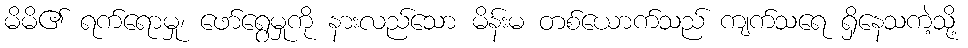
မိမိ၏ ရက်ရောမှု၊ ဖော်ရွေမှုကို နားလည်သော မိန်းမ တစ်ယောက်သည် ကျက်သရေ ရှိနေသကဲ့သို့